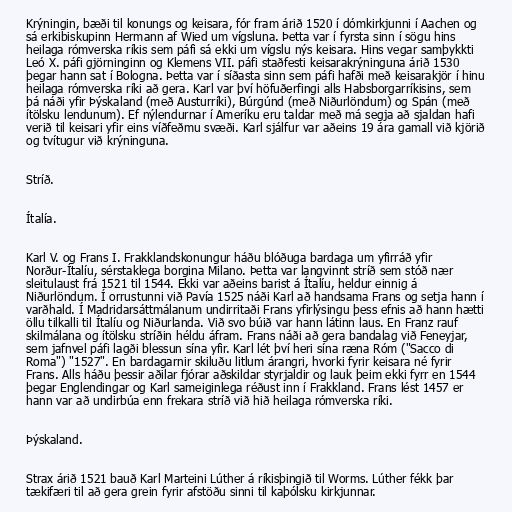
Krýningin, bæði til konungs og keisara, fór fram árið 1520 í dómkirkjunni í Aachen og
sá erkibiskupinn Hermann af Wied um vígsluna. Þetta var í fyrsta sinn í sögu hins
heilaga rómverska ríkis sem páfi sá ekki um vígslu nýs keisara. Hins vegar samþykkti
Leó X. páfi gjörninginn og Klemens VII. páfi staðfesti keisarakrýninguna árið 1530
þegar hann sat í Bologna. Þetta var í síðasta sinn sem páfi hafði með keisarakjör í hinu
heilaga rómverska ríki að gera. Karl var því höfuðerfingi alls Habsborgarríkisins, sem
þá náði yfir Þýskaland (með Austurríki), Búrgúnd (með Niðurlöndum) og Spán (með
ítölsku lendunum). Ef nýlendurnar í Ameríku eru taldar með má segja að sjaldan hafi
verið til keisari yfir eins víðfeðmu svæði. Karl sjálfur var aðeins 19 ára gamall við kjörið
og tvítugur við krýninguna.

Stríð.

Ítalía.

Karl V. og Frans I. Frakklandskonungur háðu blóðuga bardaga um yfirráð yfir
Norður-Ítalíu, sérstaklega borgina Milano. Þetta var langvinnt stríð sem stóð nær
sleitulaust frá 1521 til 1544. Ekki var aðeins barist á Ítalíu, heldur einnig á
Niðurlöndum. Í orrustunni við Pavía 1525 náði Karl að handsama Frans og setja hann í
varðhald. Í Madridarsáttmálanum undirritaði Frans yfirlýsingu þess efnis að hann hætti
öllu tilkalli til Ítalíu og Niðurlanda. Við svo búið var hann látinn laus. En Franz rauf
skilmálana og ítölsku stríðin héldu áfram. Frans náði að gera bandalag við Feneyjar,
sem jafnvel páfi lagði blessun sína yfir. Karl lét því heri sína ræna Róm ("Sacco di
Roma") "1527". En bardagarnir skiluðu litlum árangri, hvorki fyrir keisara né fyrir
Frans. Alls háðu þessir aðilar fjórar aðskildar styrjaldir og lauk þeim ekki fyrr en 1544
þegar Englendingar og Karl sameiginlega réðust inn í Frakkland. Frans lést 1457 er
hann var að undirbúa enn frekara stríð við hið heilaga rómverska ríki.

Þýskaland.

Strax árið 1521 bauð Karl Marteini Lúther á ríkisþingið til Worms. Lúther fékk þar
tækifæri til að gera grein fyrir afstöðu sinni til kaþólsku kirkjunnar.